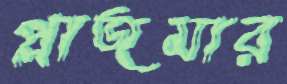
প্লাজমার